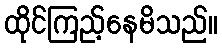
ထိုင်ကြည့်နေမိသည်။